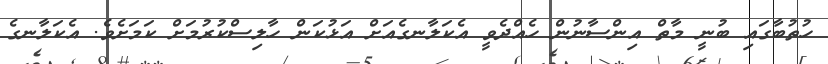
ހުތުބާގައި ބުނީ މާތް އިންސާނުން ހެއްދެވީ އެކަލާނގެއަށް އަޅުކަން ހާލިސްކުރުމަށް ކަމަށެވެ. އެކަލާނގެ